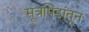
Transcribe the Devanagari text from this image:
मूत्रपिंडांतून